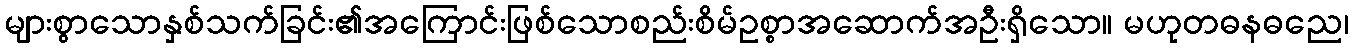
များစွာသောနှစ်သက်ခြင်း၏အကြောင်းဖြစ်သောစည်းစိမ်ဥစ္စာအဆောက်အဦးရှိသော။ မဟုတဓနဓညေ၊